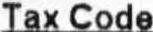
TAX CODE